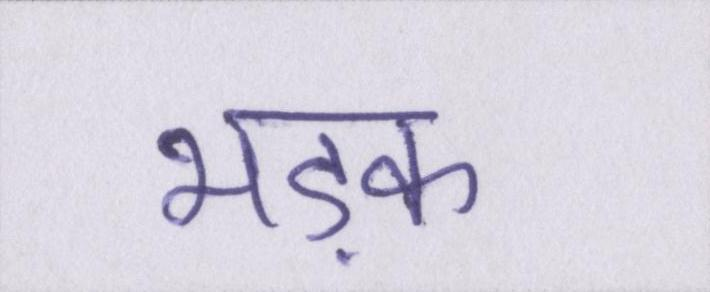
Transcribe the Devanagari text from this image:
भड़क